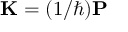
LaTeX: \mathbf { K } = ( 1 / \hbar ) \mathbf { P }